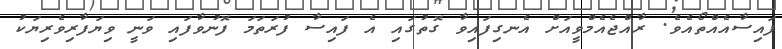
ފައިސާއެއްތޯއެވެ. ރާއްޖެއެމްވީއަށް އެނގިފައިވާ ގޮތުގައި އެ ފައިސާ ފުރަތަމަ ފޮނުވާފައި ވަނީ ވިޔަފާރިވެރިޔަކު